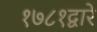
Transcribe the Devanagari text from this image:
१७८१द्वारे